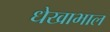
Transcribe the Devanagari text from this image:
धेखाभाल